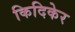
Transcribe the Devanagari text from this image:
किदिकेर